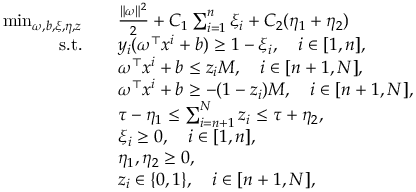
\begin{array} { r l } { \operatorname* { m i n } _ { \omega , b , \xi , \eta , z } \quad } & { \frac { \Vert \omega \Vert ^ { 2 } } { 2 } + C _ { 1 } \sum _ { i = 1 } ^ { n } \xi _ { i } + C _ { 2 } ( \eta _ { 1 } + \eta _ { 2 } ) } \\ { \mathrm { s . t . } \quad } & { y _ { i } ( \omega ^ { \top } x ^ { i } + b ) \geq 1 - \xi _ { i } , \quad i \in [ 1 , n ] , } \\ & { \omega ^ { \top } x ^ { i } + b \leq z _ { i } M , \quad i \in [ n + 1 , N ] , } \\ & { \omega ^ { \top } x ^ { i } + b \geq - ( 1 - z _ { i } ) M , \quad i \in [ n + 1 , N ] , } \\ & { \tau - \eta _ { 1 } \leq \sum _ { i = n + 1 } ^ { N } z _ { i } \leq \tau + \eta _ { 2 } , } \\ & { \xi _ { i } \geq 0 , \quad i \in [ 1 , n ] , } \\ & { \eta _ { 1 } , \eta _ { 2 } \geq 0 , } \\ & { z _ { i } \in \{ 0 , 1 \} , \quad i \in [ n + 1 , N ] , } \end{array}